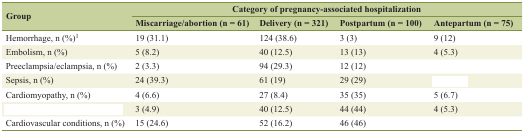
<table><thead><tr><td rowspan="2"><b>Group</b></td><td colspan="4"><b>Category of pregnancy-associated hospitalization</b></td></tr><tr><td><b>Miscarriage/abortion (n = 61)</b></td><td><b>Delivery (n = 321)</b></td><td><b>Postpartum (n = 100)</b></td><td><b>Antepartum (n = 75)</b></td></tr></thead><tbody><tr><td>Hemorrhage, n (%)<sup>1</sup></td><td>19 (31.1)</td><td>124 (38.6)</td><td>3 (3)</td><td>9 (12)</td></tr><tr><td>Embolism, n (%)</td><td>5 (8.2)</td><td>40 (12.5)</td><td>13 (13)</td><td>4 (5.3)</td></tr><tr><td>Preeclampsia/eclampsia, n (%)</td><td>2 (3.3)</td><td>94 (29.3)</td><td>12 (12)</td><td>[EMPTY_CELL]</td></tr><tr><td>Sepsis, n (%)</td><td>24 (39.3)</td><td>61 (19)</td><td>29 (29)</td><td>[EMPTY_CELL]</td></tr><tr><td>Cardiomyopathy, n (%)</td><td>4 (6.6)</td><td>27 (8.4)</td><td>35 (35)</td><td>5 (6.7)</td></tr><tr><td>[EMPTY_CELL]</td><td>3 (4.9)</td><td>40 (12.5)</td><td>44 (44)</td><td>4 (5.3)</td></tr><tr><td>Cardiovascular conditions, n (%)</td><td>15 (24.6)</td><td>52 (16.2)</td><td>46 (46)</td><td>[EMPTY_CELL]</td></tr></tbody></table>